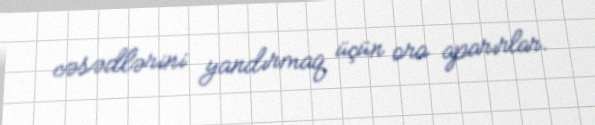
cəsədlərini yandırmaq üçün ora aparırlar.